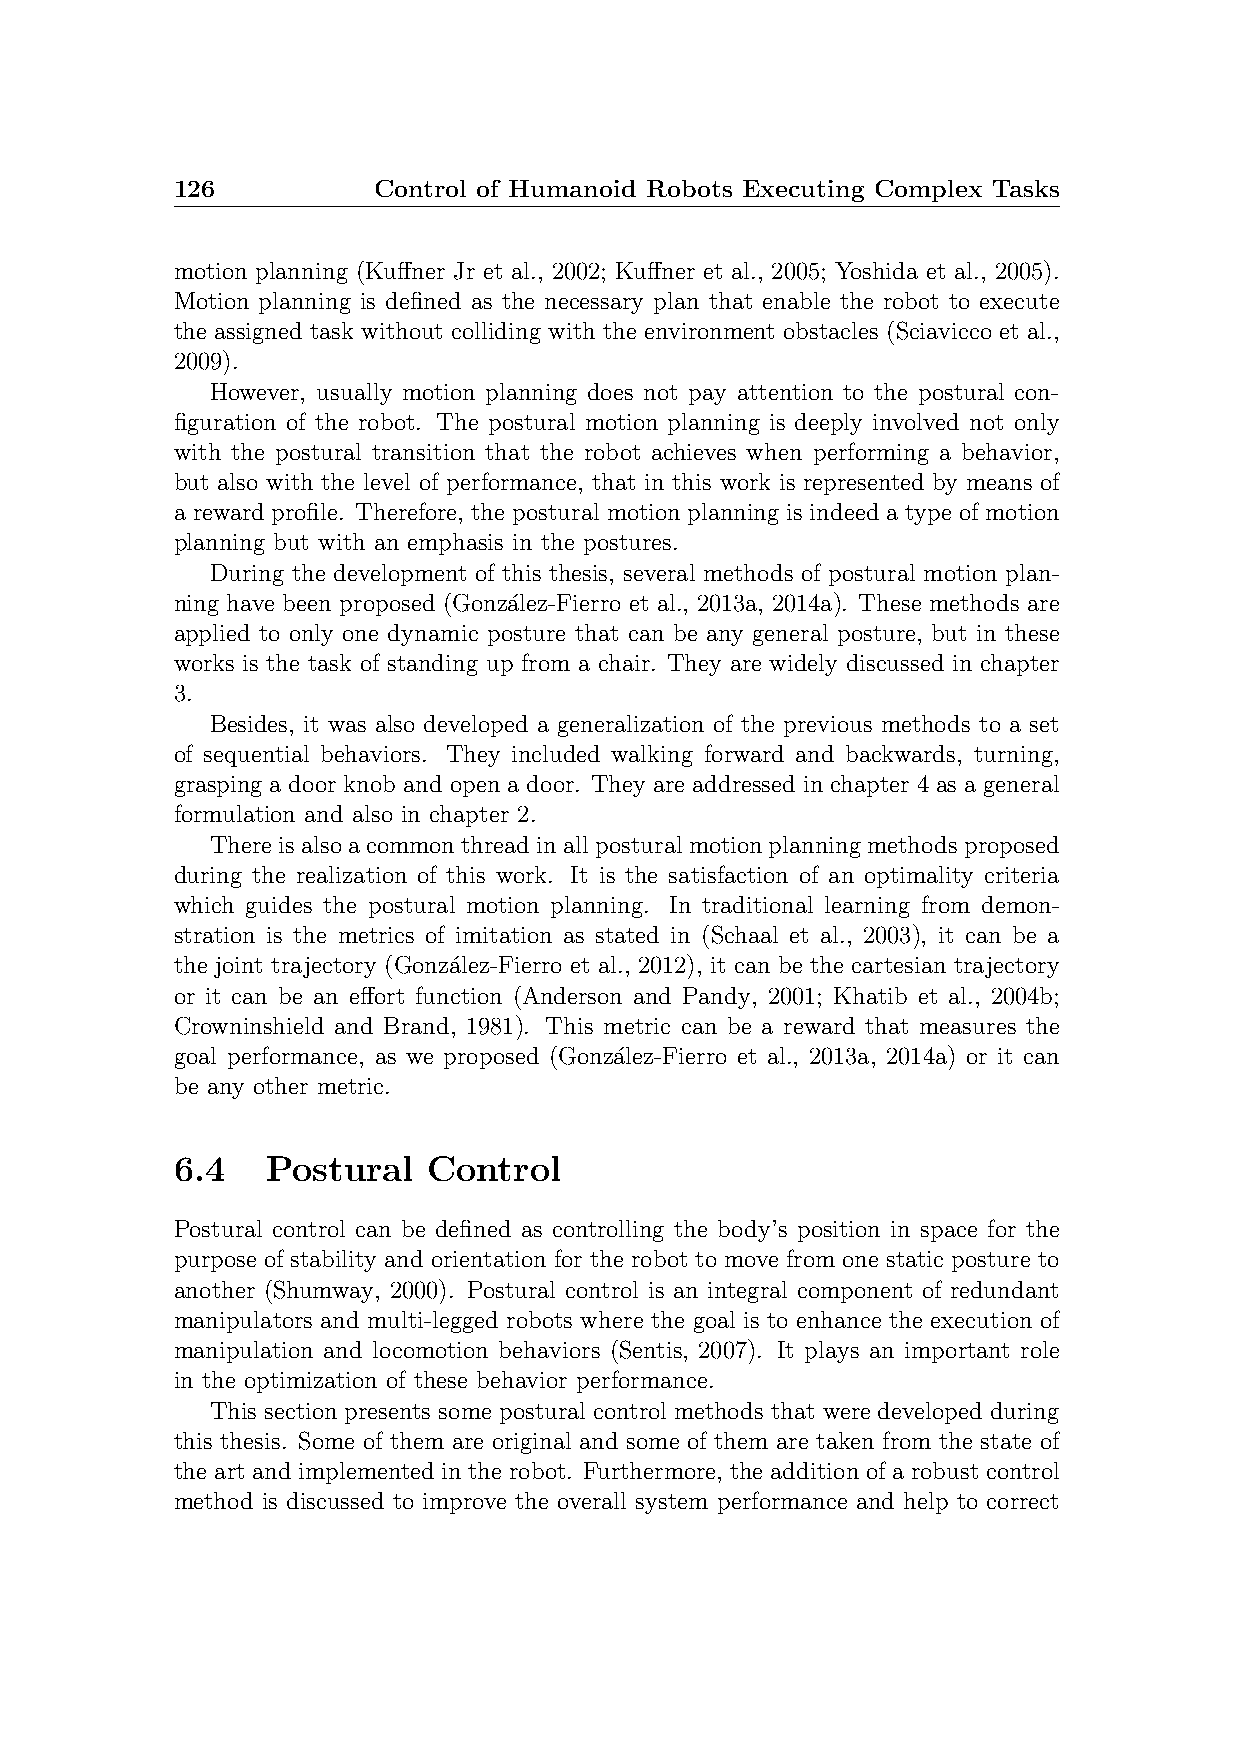
126           Control of Humanoid Robots Executing Complex Tasks
 motion planning (Kuffner Jr et al., 2002; Kuffner et al., 2005; Yoshida et al., 2005).
 Motion planning is defined as the necessary plan that enable the robot to execute
 the assigned task without colliding with the environment obstacles (Sciavicco et al.,
 2009).
 However, usually motion planning does not pay attention to the postural con-
 figuration of the robot. The postural motion planning is deeply involved not only
 with the postural transition that the robot achieves when performing a behavior,
 but also with the level of performance, that in this work is represented by means of
 a reward profile. Therefore, the postural motion planning is indeed a type of motion
 planning but with an emphasis in the postures.
 During the development of this thesis, several methods of postural motion plan-
 ning have been proposed (Gonz´alez-Fierro et al., 2013a, 2014a). These methods are
 applied to only one dynamic posture that can be any general posture, but in these
 works is the task of standing up from a chair. They are widely discussed in chapter
 3.
 Besides, it was also developed a generalization of the previous methods to a set
 of sequential behaviors. They included walking forward and backwards, turning,
 grasping a door knob and open a door. They are addressed in chapter 4 as a general
 formulation and also in chapter 2.
 Thereisalsoacommonthreadinallposturalmotionplanningmethodsproposed
 during the realization of this work. It is the satisfaction of an optimality criteria
 which guides the postural motion planning. In traditional learning from demon-
 stration is the metrics of imitation as stated in (Schaal et al., 2003), it can be a
 the joint trajectory (Gonza´lez-Fierro et al., 2012), it can be the cartesian trajectory
 or it can be an effort function (Anderson and Pandy, 2001; Khatib et al., 2004b;
 Crowninshield and Brand, 1981). This metric can be a reward that measures the
 goal performance, as we proposed (Gonza´lez-Fierro et al., 2013a, 2014a) or it can
 be any other metric.
 6.4    Postural  Control
 Postural control can be defined as controlling the body’s position in space for the
 purpose of stability and orientation for the robot to move from one static posture to
 another (Shumway, 2000). Postural control is an integral component of redundant
 manipulators and multi-legged robots where the goal is to enhance the execution of
 manipulation and locomotion behaviors (Sentis, 2007). It plays an important role
 in the optimization of these behavior performance.
 This section presents some postural control methods that were developed during
 this thesis. Some of them are original and some of them are taken from the state of
 the art and implemented in the robot. Furthermore, the addition of a robust control
 method is discussed to improve the overall system performance and help to correct